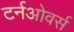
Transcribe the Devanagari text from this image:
टर्नओवर्स